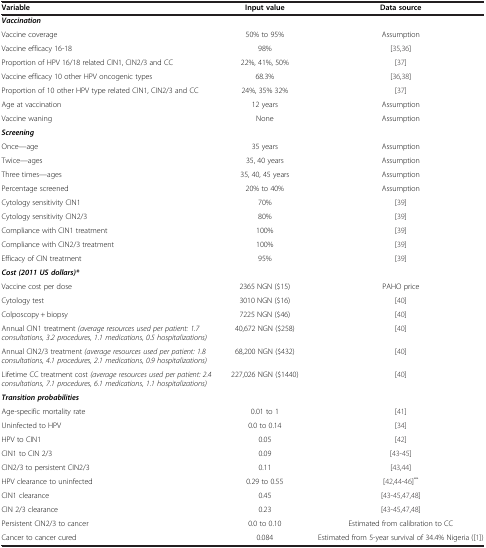
<table><thead><tr><td><b>Variable</b></td><td><b>Input value</b></td><td><b>Data source</b></td></tr></thead><tbody><tr><td colspan="3"><b><i>Vaccination</i></b></td></tr><tr><td>Vaccine coverage</td><td>50% to 95%</td><td>Assumption</td></tr><tr><td>Vaccine efficacy 16-18</td><td>98%</td><td>[35,36]</td></tr><tr><td>Proportion of HPV 16/18 related CIN1, CIN2/3 and CC</td><td>22%, 41%, 50%</td><td>[37]</td></tr><tr><td>Vaccine efficacy 10 other HPV oncogenic types</td><td>68.3%</td><td>[36,38]</td></tr><tr><td>Proportion of 10 other HPV type related CIN1, CIN2/3 and CC</td><td>24%, 35% 32%</td><td>[37]</td></tr><tr><td>Age at vaccination</td><td>12 years</td><td>Assumption</td></tr><tr><td>Vaccine waning</td><td>None</td><td>Assumption</td></tr><tr><td colspan="3"><b><i>Screening</i></b></td></tr><tr><td>Once—age</td><td>35 years</td><td>Assumption</td></tr><tr><td>Twice—ages</td><td>35, 40 years</td><td>Assumption</td></tr><tr><td>Three times—ages</td><td>35, 40, 45 years</td><td>Assumption</td></tr><tr><td>Percentage screened</td><td>20% to 40%</td><td>Assumption</td></tr><tr><td>Cytology sensitivity CIN1</td><td>70%</td><td>[39]</td></tr><tr><td>Cytology sensitivity CIN2/3</td><td>80%</td><td>[39]</td></tr><tr><td>Compliance with CIN1 treatment</td><td>100%</td><td>[39]</td></tr><tr><td>Compliance with CIN2/3 treatment</td><td>100%</td><td>[39]</td></tr><tr><td>Efficacy of CIN treatment</td><td>95%</td><td>[39]</td></tr><tr><td colspan="3"><b><i>Cost (2011 US dollars)*</i></b></td></tr><tr><td>Vaccine cost per dose</td><td>2365 NGN ($15)</td><td>PAHO price</td></tr><tr><td>Cytology test</td><td>3010 NGN ($16)</td><td>[40]</td></tr><tr><td>Colposcopy + biopsy</td><td>7225 NGN ($46)</td><td>[40]</td></tr><tr><td>Annual CIN1 treatment <i>(average resources used per patient: 1.7 consultations, 3.2 procedures, 1.1 medications, 0.5 hospitalizations)</i></td><td>40,672 NGN ($258)</td><td>[40]</td></tr><tr><td>Annual CIN2/3 treatment <i>(average resources used per patient: 1.8 consultations, 4.1 procedures, 2.1 medications, 0.9 hospitalizations)</i></td><td>68,200 NGN ($432)</td><td>[40]</td></tr><tr><td>Lifetime CC treatment cost <i>(average resources used per patient: 2.4 consultations, 7.1 procedures, 6.1 medications, 1.1 hospitalizations)</i></td><td>227,026 NGN ($1440)</td><td>[40]</td></tr><tr><td colspan="3"><b><i>Transition probabilities</i></b></td></tr><tr><td>Age-specific mortality rate</td><td>0.01 to 1</td><td>[41]</td></tr><tr><td>Uninfected to HPV</td><td>0.0 to 0.14</td><td>[34]</td></tr><tr><td>HPV to CIN1</td><td>0.05</td><td>[42]</td></tr><tr><td>CIN1 to CIN 2/3</td><td>0.09</td><td>[43-45]</td></tr><tr><td>CIN2/3 to persistent CIN2/3</td><td>0.11</td><td>[43,44]</td></tr><tr><td>HPV clearance to uninfected</td><td>0.29 to 0.55</td><td>[42,44-46]<sup>**</sup></td></tr><tr><td>CIN1 clearance</td><td>0.45</td><td>[43-45,47,48]</td></tr><tr><td>CIN 2/3 clearance</td><td>0.23</td><td>[43-45,47,48]</td></tr><tr><td>Persistent CIN2/3 to cancer</td><td>0.0 to 0.10</td><td>Estimated from calibration to CC</td></tr><tr><td>Cancer to cancer cured</td><td>0.084</td><td>Estimated from 5-year survival of 34.4% Nigeria ([1])</td></tr></tbody></table>